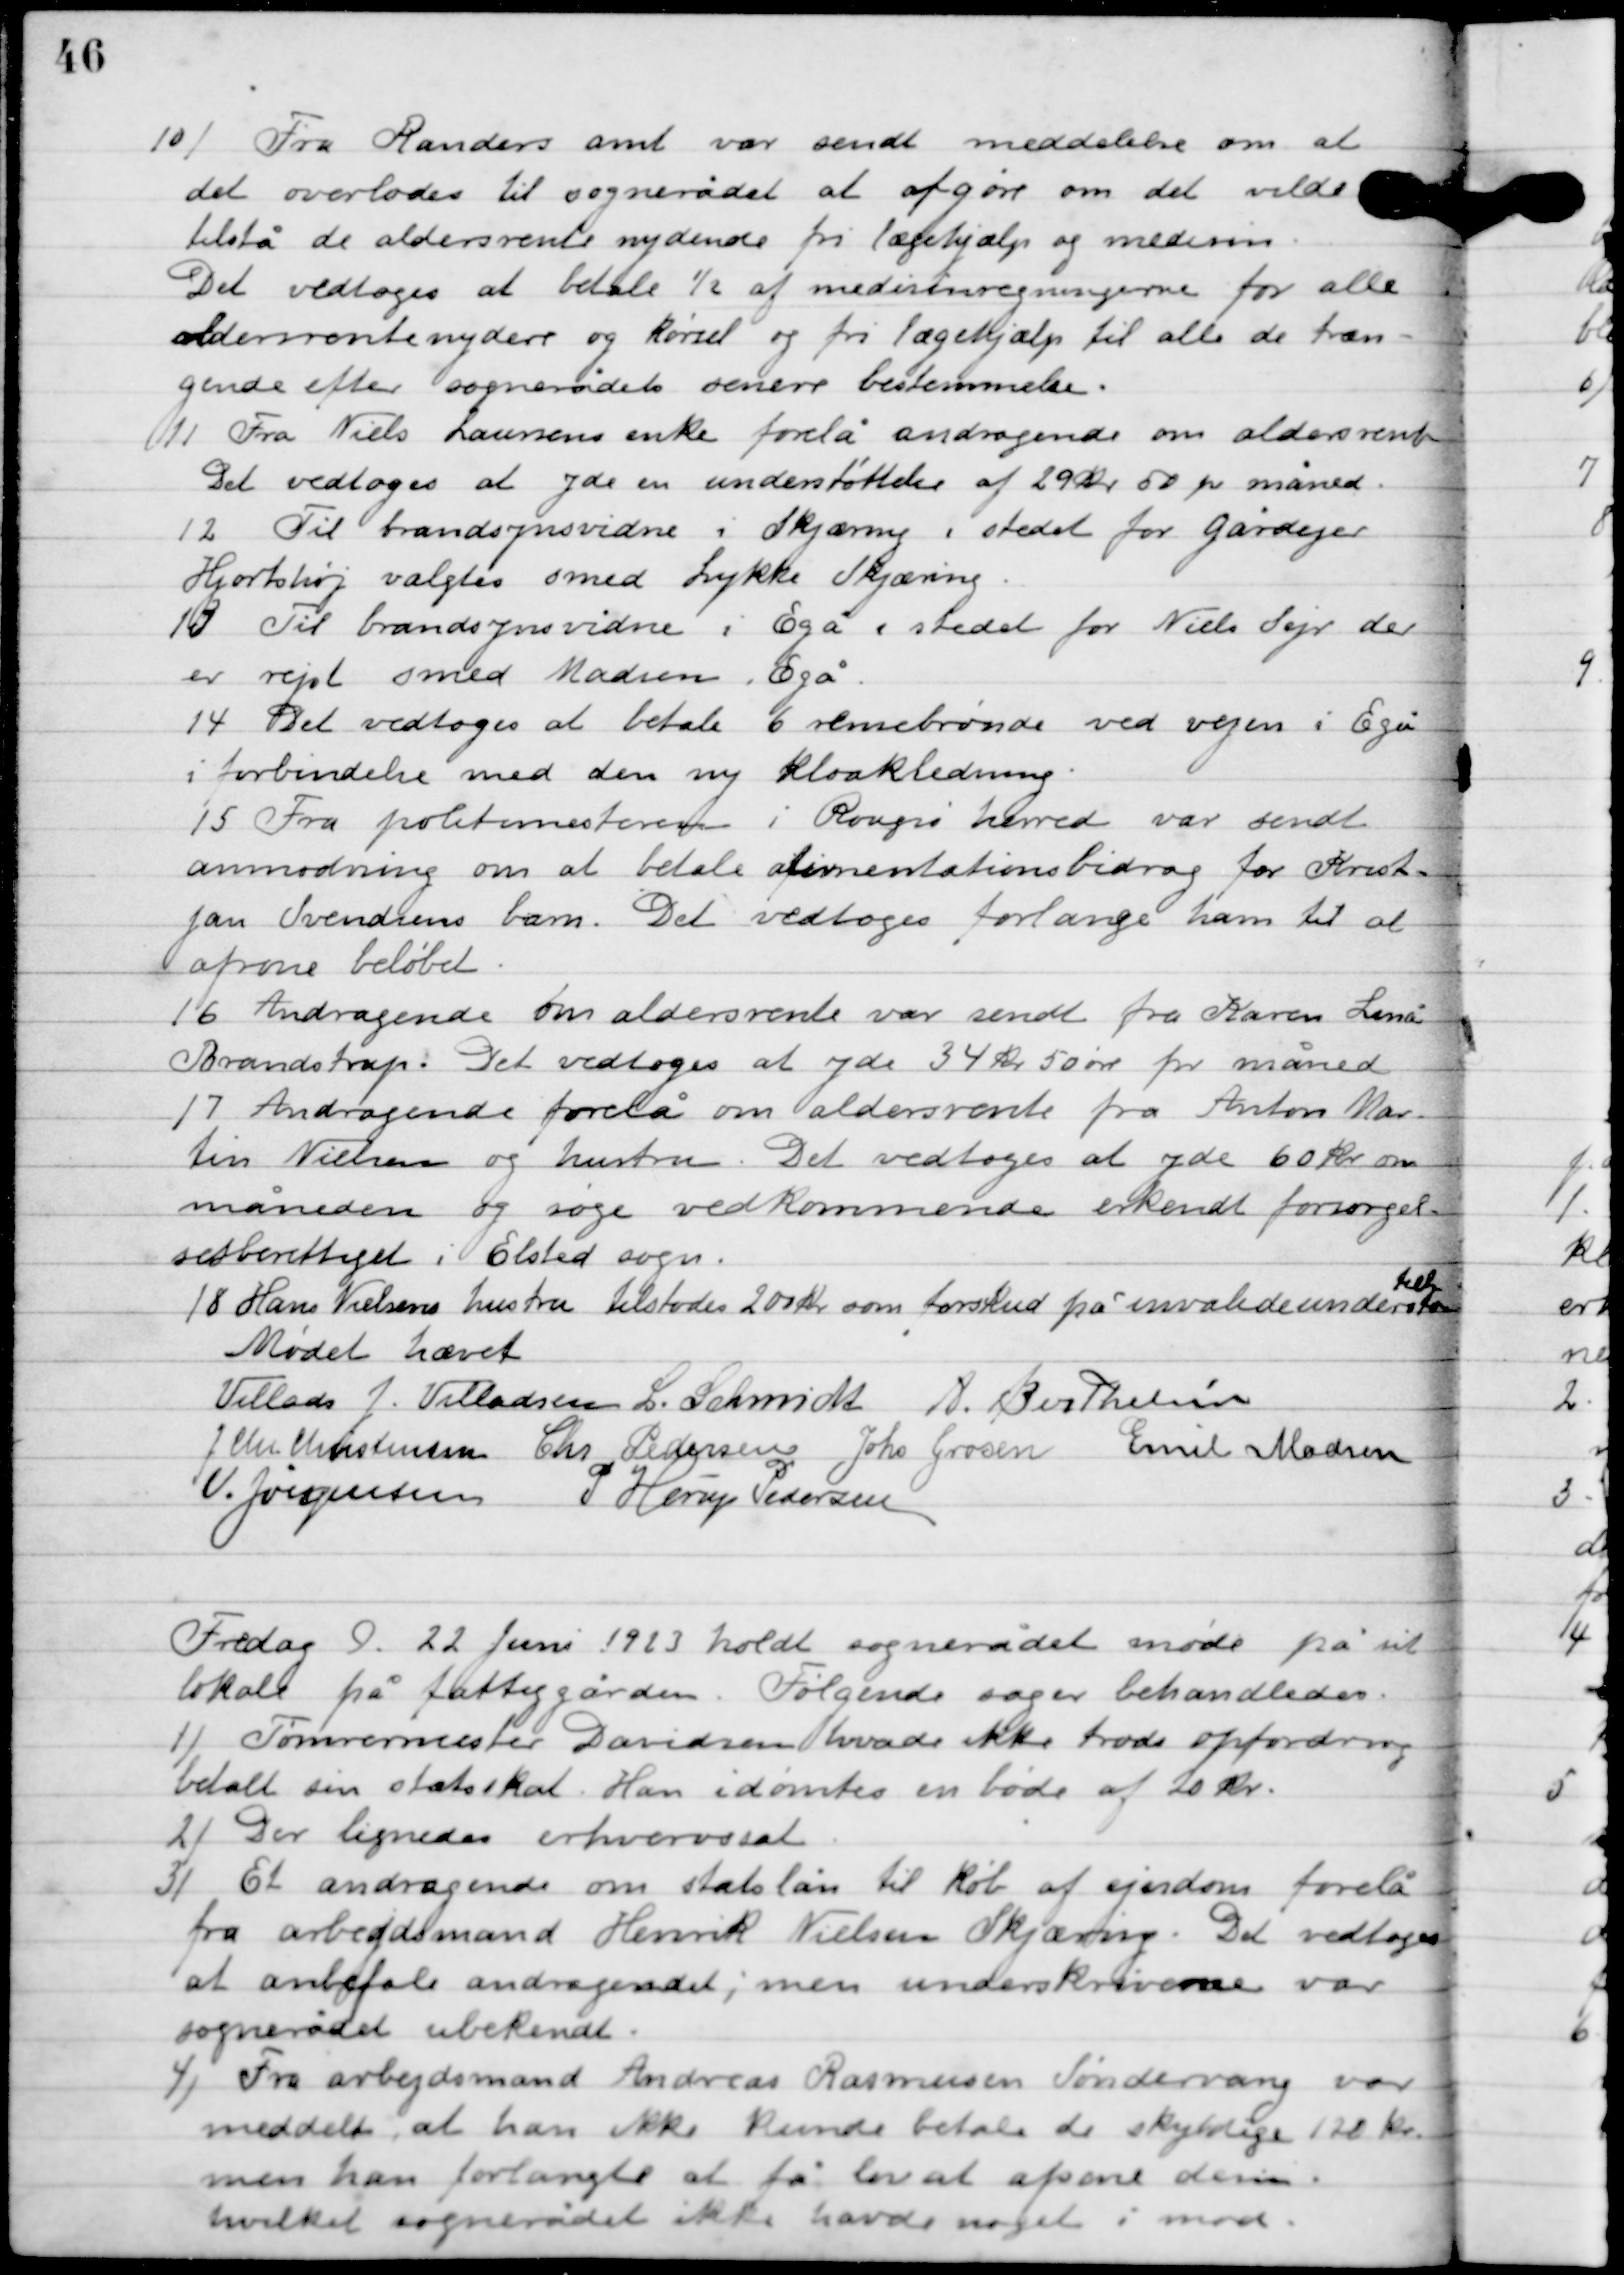
Transskription:
10

Fra Randers amt var sendt meddelelse om at
det overlodes til sognerådet at afgøre om det vilde
tilstå de aldersrente nydende fri lægehjælp og medisin.
Det vedtoges at betale ½ af medicinregningen for alle
aldersrentenydere og kørsel og fri lægehjælp til alle de træn-
gende efter sognerådets senere bestemmelse.

11

Fra Niels Laursens enke forelå andragende om aldersrente.
Det vedtoges at yde en understøttelser af 29 kr. 50 pr. måned.

12

Til brandsynsvidne i Skjæring i stedet for gårdejer
Hjortshøj valgtes smed Lykke Skjæring.

13

Til brandsynsvidne i Skjæring i stedet for Niels Sejr der
er rejst smed Madsen, Egå.

14

Det vedtoges at betale 6 rensebrønde ved vejen i Egå
i forbindelse med den ny kloakledning.

15

Fra politimesteren i Rougsø herred var sendt
anmodning om at betale alimentationsbidrag for Krist-
jan Svendsens barn. Det vedtoges forlange ham til at
afsone beløbet.

16

Andragende om aldersrente var sendt fra Karen Lenå
 Brandstrup. Det vedtoges at yde 34 kr. 50 øre for måned.

17

Andragende forelå om aldersrente fra Anton Mar-
tin Nielsen og hustru. Det vedtoges at yde 60 kr. om
måneden og søge vedkommende erkendt forsørgelses-
berettiget i Elsted sogn.

18

Hans Nielsens hustru tilstodes 200 kr. som forskud på invalideunderstøt-
telse.

Mødet hævet

Villads J. Villadsen
L. Schmidt
A. Berthelsen
J. Chr. Christensen
Chr. Pedersen
Johs. Grosen
Emil Madsen
V. Jørgensen
P. Horup Pedersen

Fredag D. 22. Juni 1923 holdt sognerådet et møde på sit
lokale på fattiggården, Følgende sager behandledes:

1

Tømmermester Davidsen havde ikke trods opfordring
betalt sin statsskat. Han idømtes en bøde af 20 kr.

2

Der lignedes erhvervssat.

3

Et andragende om statslån til køb af ejendom forelå
fra arbejdsmand Henrik Nielsens Skjæring. Det vedtoges
at anbefale andragendet; men underskrivelsen var
sognerådet ubekendt.

4

Fra arbejdsmand Andreas Rasmussen Søndervang var
meddelt, at han ikke kunde betale de skyldige 120 kr.
men han forlangte at få lov at afsone dem,
hvilket sognerådet ikke havde noget i mod.